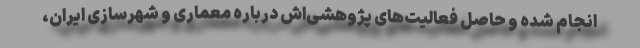
انجام شده و حاصل فعالیت‌های پژوهشی‌اش درباره معماری و شهرسازی ایران،